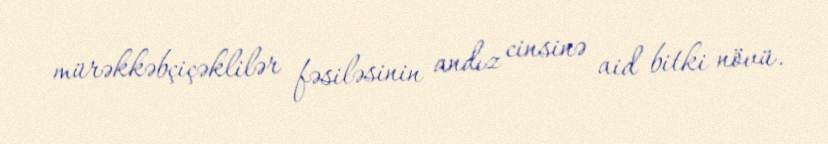
mürəkkəbçiçəklilər fəsiləsinin andız cinsinə aid bitki növü.